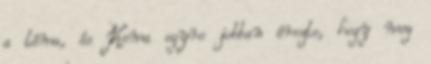
a téma, és Kema egyre jobban érezte, hogy meg